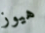
هيوز